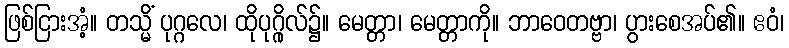
ဖြစ်ငြားအံ့။ တသ္မိံ ပုဂ္ဂလေ၊ ထိုပုဂ္ဂိုလ်၌။ မေတ္တာ၊ မေတ္တာကို။ ဘာဝေတဗ္ဗာ၊ ပွားစေအပ်၏။ ဧဝံ၊